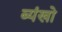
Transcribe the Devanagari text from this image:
ब्यंखो